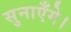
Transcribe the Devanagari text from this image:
सुनाएँगे।